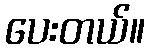
ပေးတယ်။